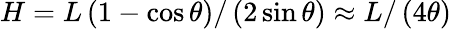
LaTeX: H=L\left(1-\cos\theta\right)/\left(2\sin\theta\right)\approx L/\left(4\theta\right)